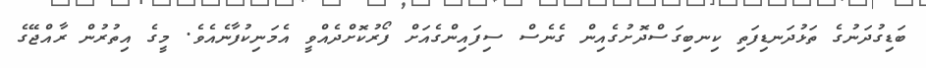
ބަޑިގުދަނުގެ ތަޅުދަނޑިފަތި ކިނބިގަސްދޮށުގެއިން ގެނެސް ސިފައިންގެއަށް ފޯރުކޮށްދެއްވީ އެމަނިކުފާނެއެވެ. މީގެ އިތުރުން ރާއްޖޭގެ